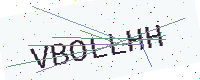
Text: VBOLLHH